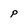
Character: p